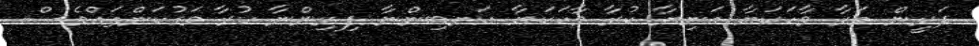
ދަރީން މަރާ ވާހަކަޔާ އަނިޔާ ކުރާ ވާހަކަޔާ އަނބިންނާ ފިރިންނާ ކުރާ ވަގުކަންތައްވެސް